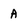
Character: A